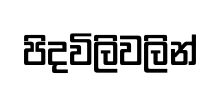
පිදවිලිවලින්